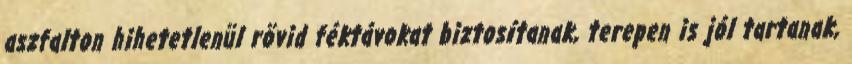
aszfalton hihetetlenül rövid féktávokat biztosítanak, terepen is jól tartanak,